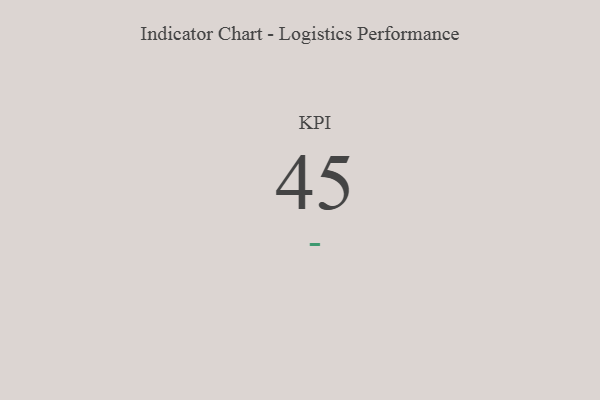
{"axis": {"x": "KPI", "y": "Value"}, "legend": [""], "data": [{"x": "KPI", "y": 45, "type": ""}]}